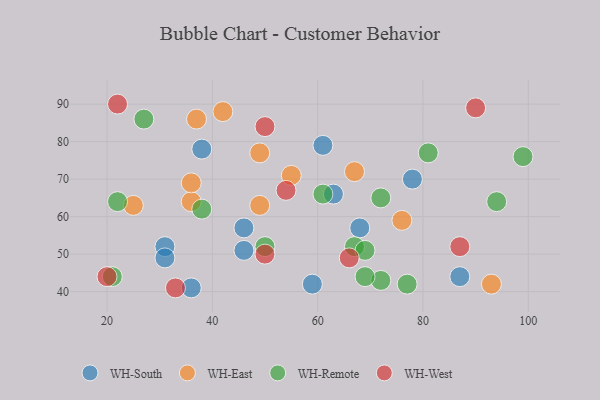
{"axis": {"x": "GDP", "y": "Life Expectancy"}, "legend": ["WH-East", "WH-Remote", "WH-South", "WH-West"], "data": [{"x": "78", "y": 70, "type": "WH-South"}, {"x": "87", "y": 44, "type": "WH-South"}, {"x": "68", "y": 57, "type": "WH-South"}, {"x": "31", "y": 52, "type": "WH-South"}, {"x": "46", "y": 57, "type": "WH-South"}, {"x": "61", "y": 79, "type": "WH-South"}, {"x": "31", "y": 49, "type": "WH-South"}, {"x": "46", "y": 51, "type": "WH-South"}, {"x": "63", "y": 66, "type": "WH-South"}, {"x": "38", "y": 78, "type": "WH-South"}, {"x": "59", "y": 42, "type": "WH-South"}, {"x": "36", "y": 41, "type": "WH-South"}, {"x": "37", "y": 86, "type": "WH-East"}, {"x": "49", "y": 63, "type": "WH-East"}, {"x": "93", "y": 42, "type": "WH-East"}, {"x": "36", "y": 64, "type": "WH-East"}, {"x": "67", "y": 72, "type": "WH-East"}, {"x": "55", "y": 71, "type": "WH-East"}, {"x": "42", "y": 88, "type": "WH-East"}, {"x": "36", "y": 69, "type": "WH-East"}, {"x": "76", "y": 59, "type": "WH-East"}, {"x": "49", "y": 77, "type": "WH-East"}, {"x": "25", "y": 63, "type": "WH-East"}, {"x": "67", "y": 52, "type": "WH-Remote"}, {"x": "21", "y": 44, "type": "WH-Remote"}, {"x": "72", "y": 65, "type": "WH-Remote"}, {"x": "27", "y": 86, "type": "WH-Remote"}, {"x": "22", "y": 64, "type": "WH-Remote"}, {"x": "72", "y": 43, "type": "WH-Remote"}, {"x": "69", "y": 44, "type": "WH-Remote"}, {"x": "61", "y": 66, "type": "WH-Remote"}, {"x": "94", "y": 64, "type": "WH-Remote"}, {"x": "69", "y": 51, "type": "WH-Remote"}, {"x": "50", "y": 52, "type": "WH-Remote"}, {"x": "99", "y": 76, "type": "WH-Remote"}, {"x": "81", "y": 77, "type": "WH-Remote"}, {"x": "38", "y": 62, "type": "WH-Remote"}, {"x": "77", "y": 42, "type": "WH-Remote"}, {"x": "50", "y": 50, "type": "WH-West"}, {"x": "50", "y": 84, "type": "WH-West"}, {"x": "20", "y": 44, "type": "WH-West"}, {"x": "66", "y": 49, "type": "WH-West"}, {"x": "87", "y": 52, "type": "WH-West"}, {"x": "22", "y": 90, "type": "WH-West"}, {"x": "54", "y": 67, "type": "WH-West"}, {"x": "90", "y": 89, "type": "WH-West"}, {"x": "33", "y": 41, "type": "WH-West"}]}